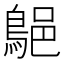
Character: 𪁗